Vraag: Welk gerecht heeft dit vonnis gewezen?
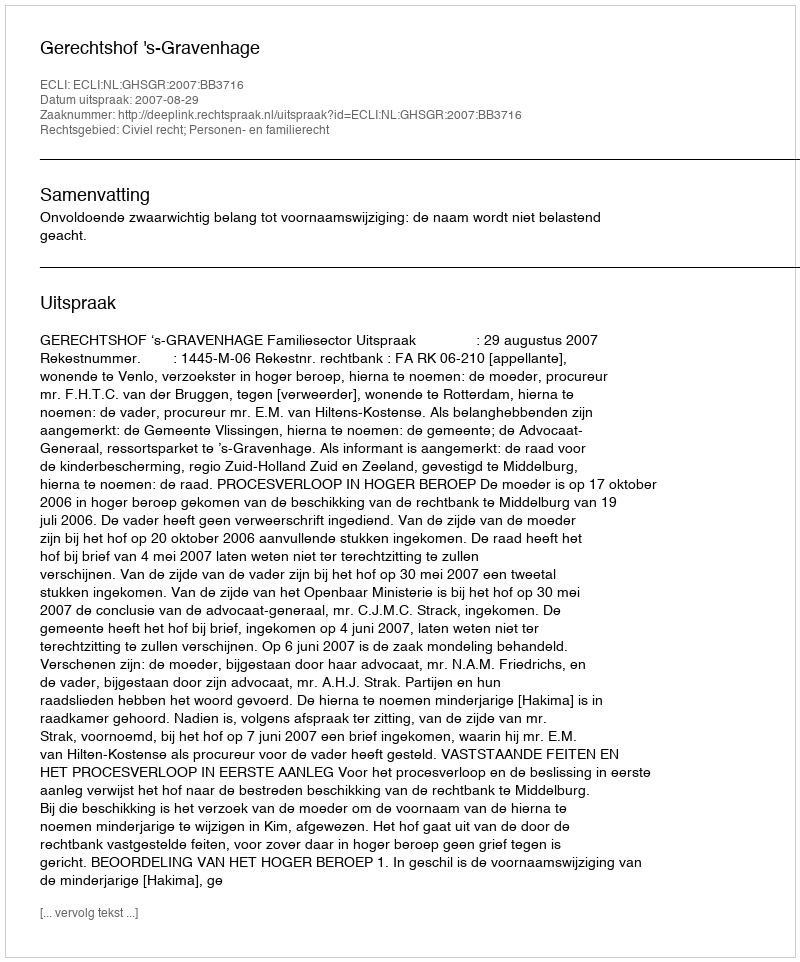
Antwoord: Gerechtshof 's-Gravenhage